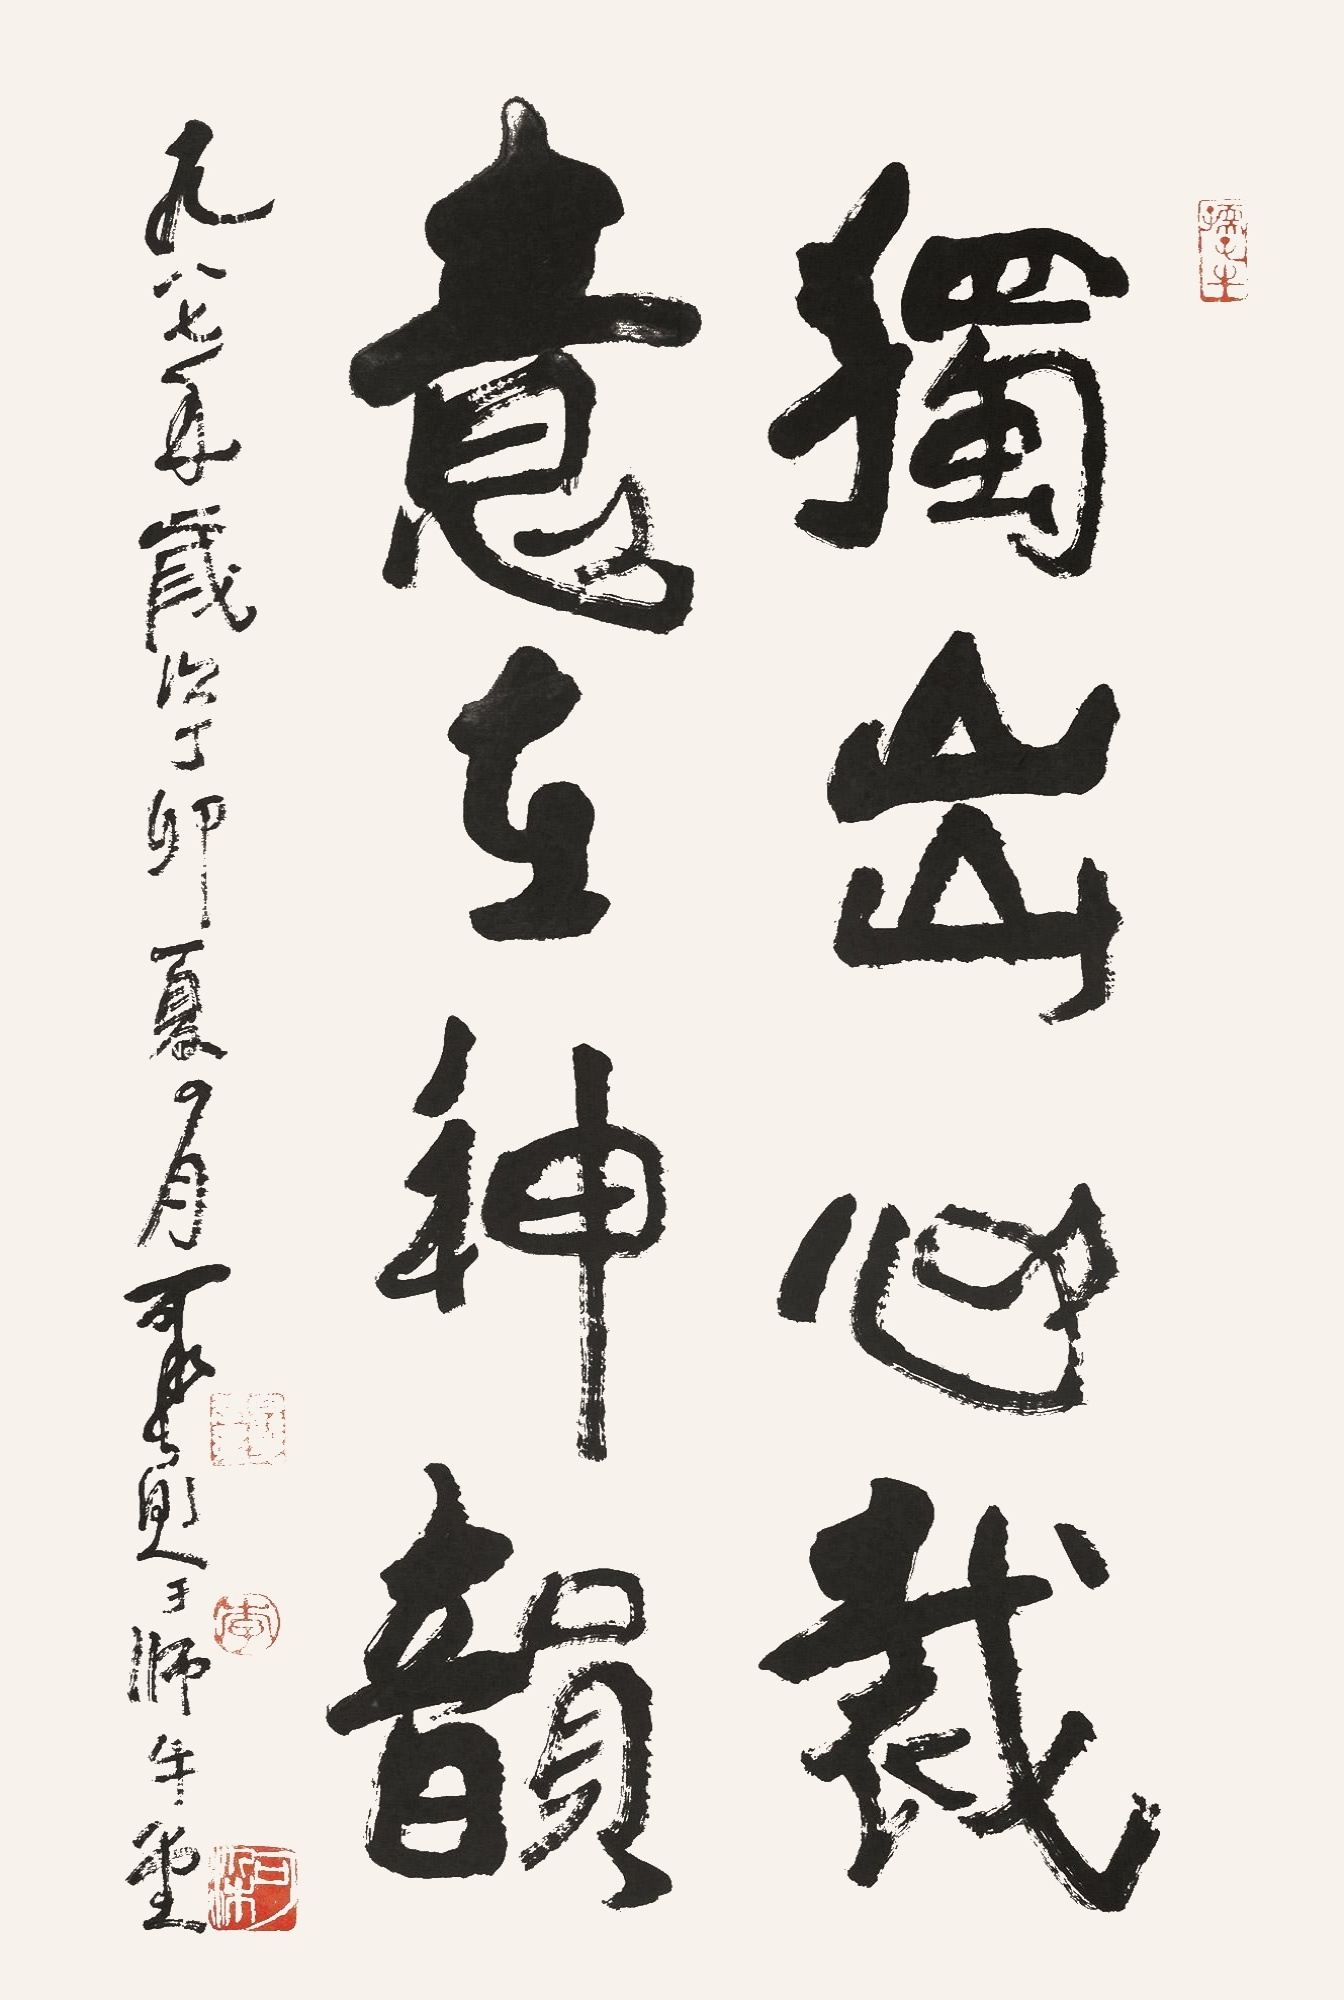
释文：独出心裁，意在神韵。一九八七年岁次丁卯夏四月，可染题于师牛堂。